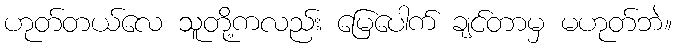
ဟုတ်တယ်လေ သူတို့ကလည်း မြေပေါက် ချင်တာမှ မဟုတ်ဘဲ။